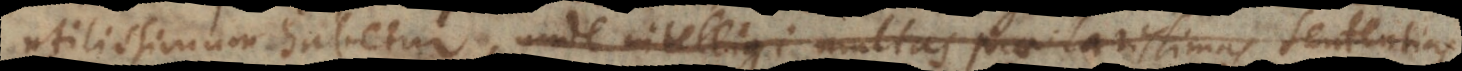
utilissimum habetur, unde intelligi multas praeclarissimas sententias